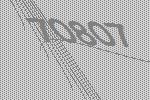
70807